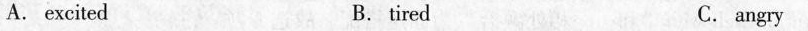
A. excited B. tired C.angry